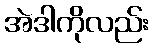
အဲဒါကိုလည်း